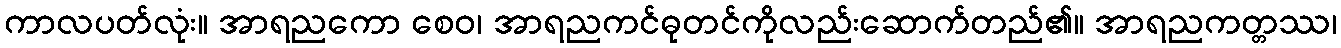
ကာလပတ်လုံး။ အာရညကော စေဝ၊ အာရညကင်ဓုတင်ကိုလည်းဆောက်တည်၏။ အာရညကတ္တဿ၊